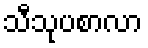
သီသုပစာလာ